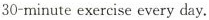
30-minute exercise every day.